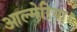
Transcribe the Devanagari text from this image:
आल्मेरिया।